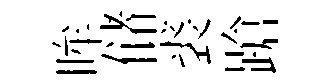
眸储裘蹌